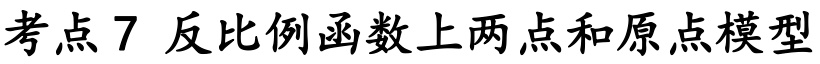
考点 7 反比例函数上两点和原点模型